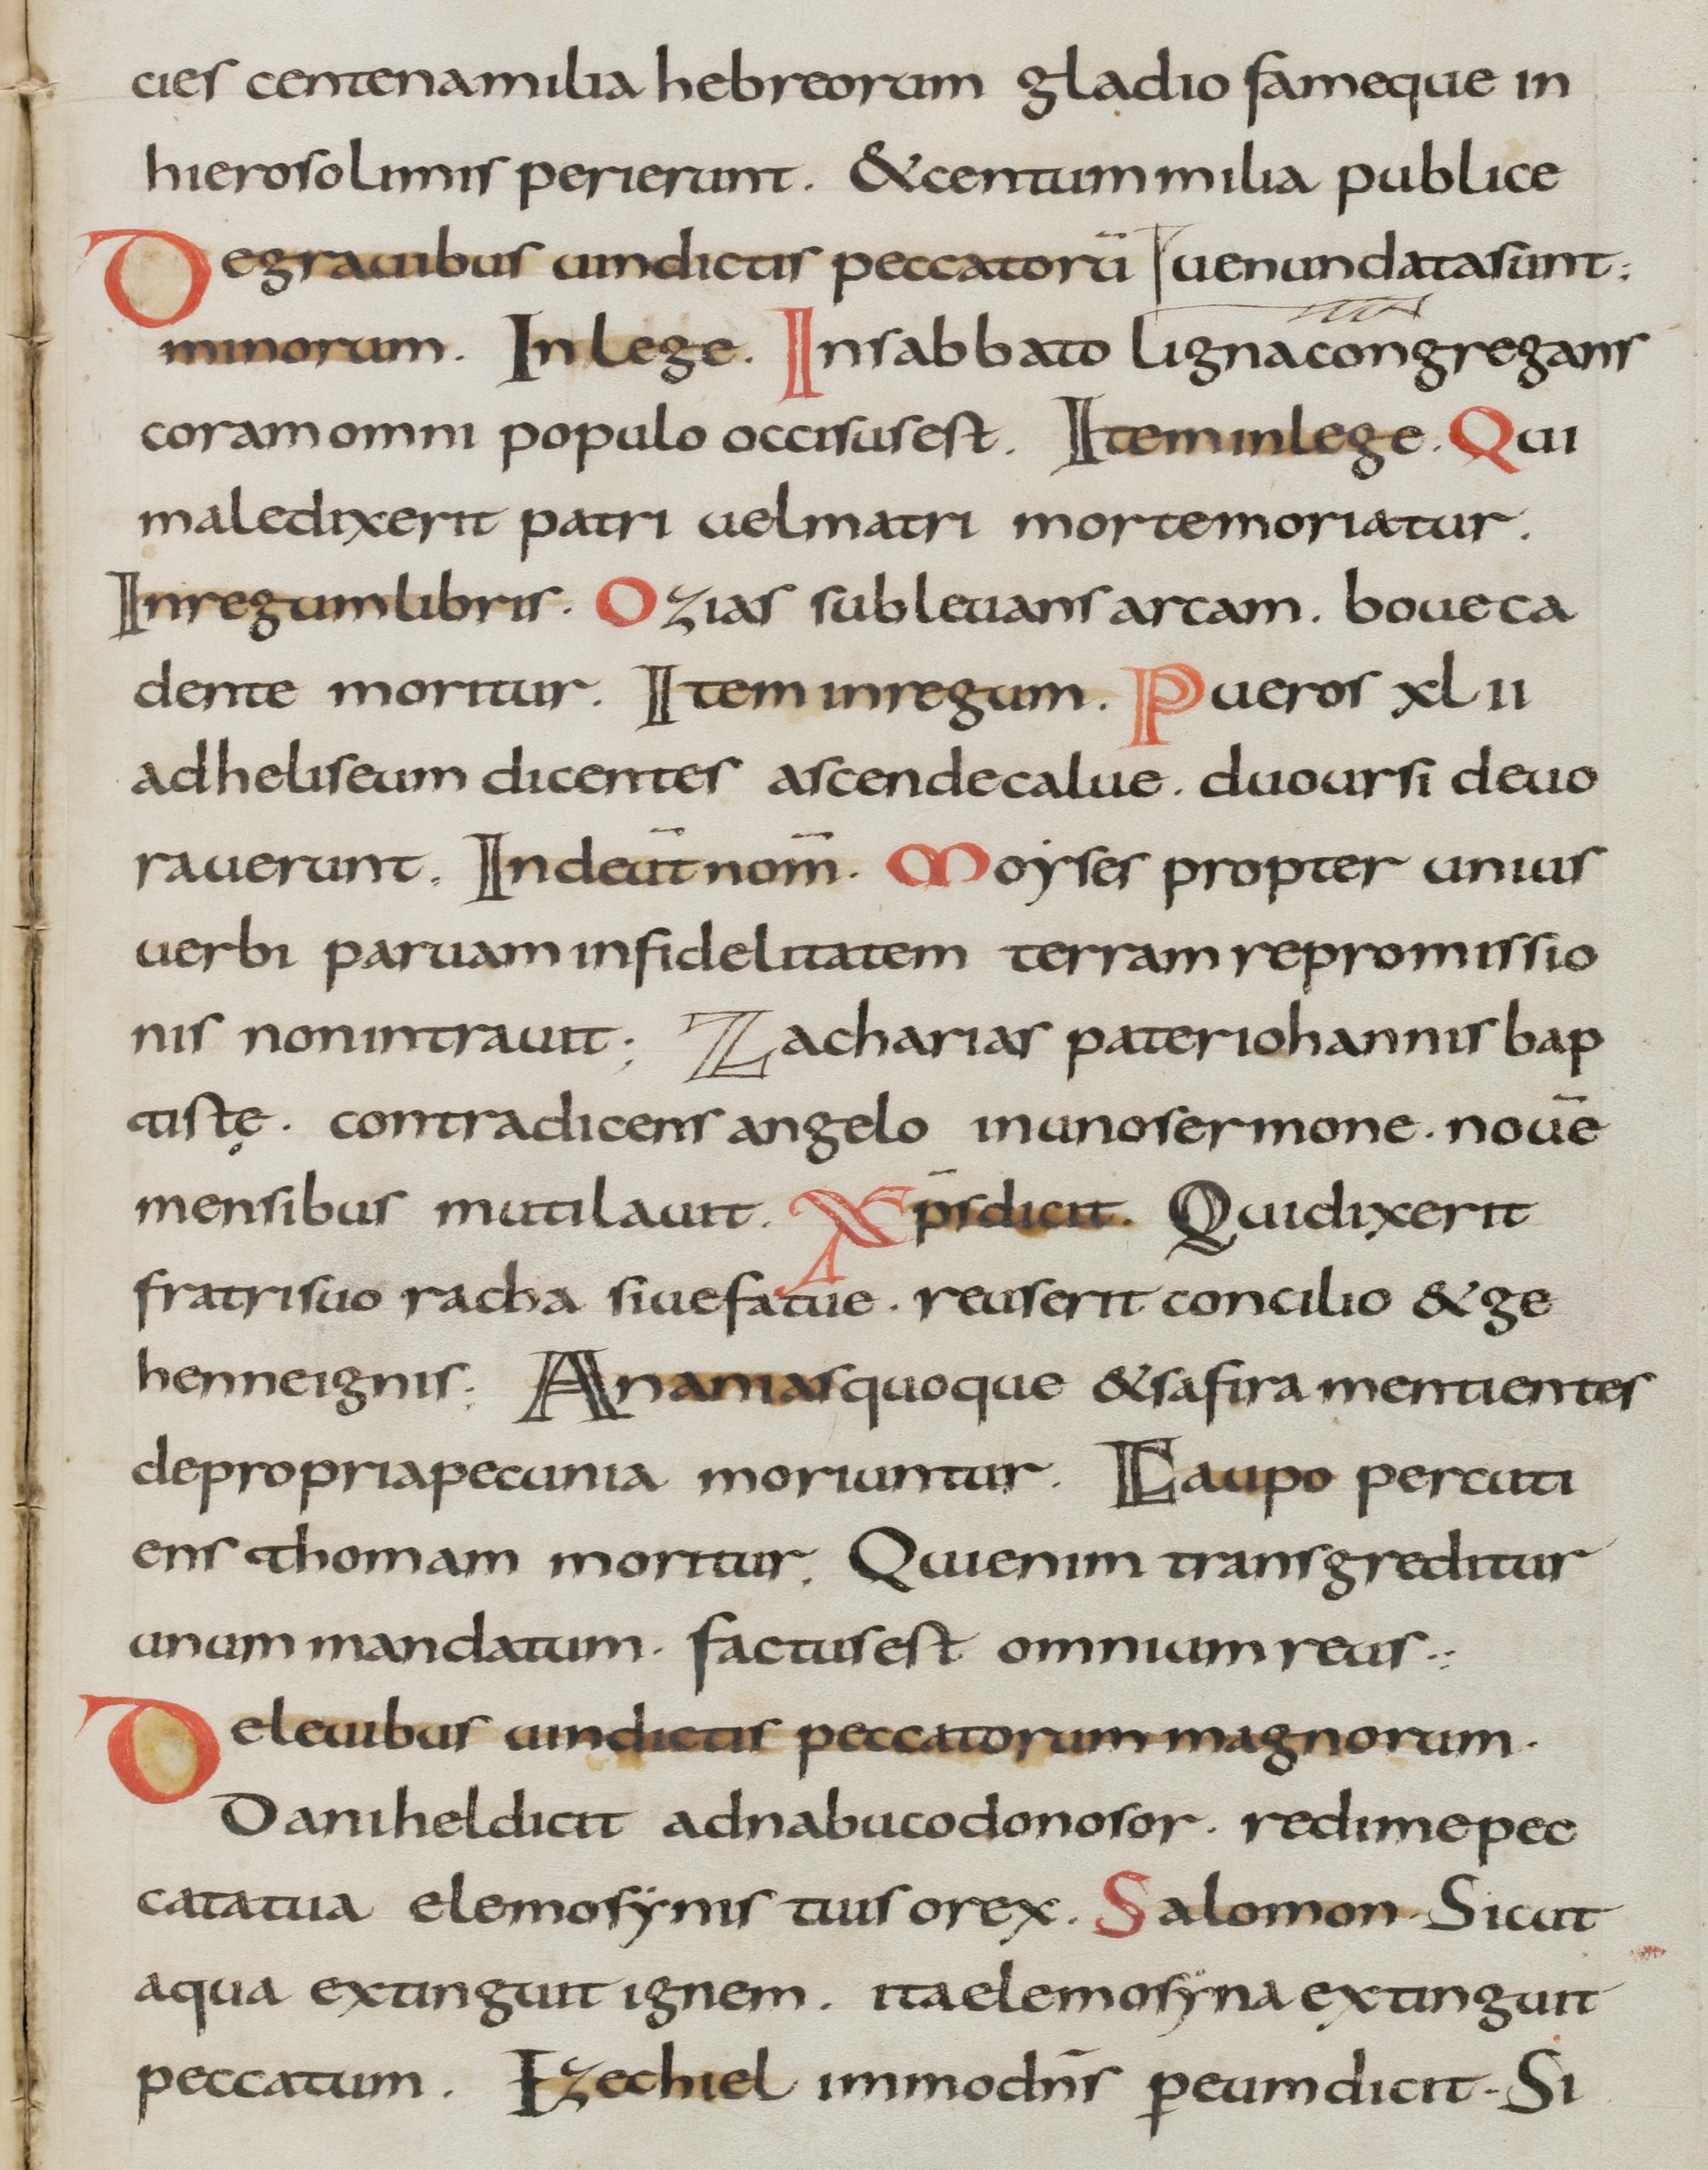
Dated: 800–899